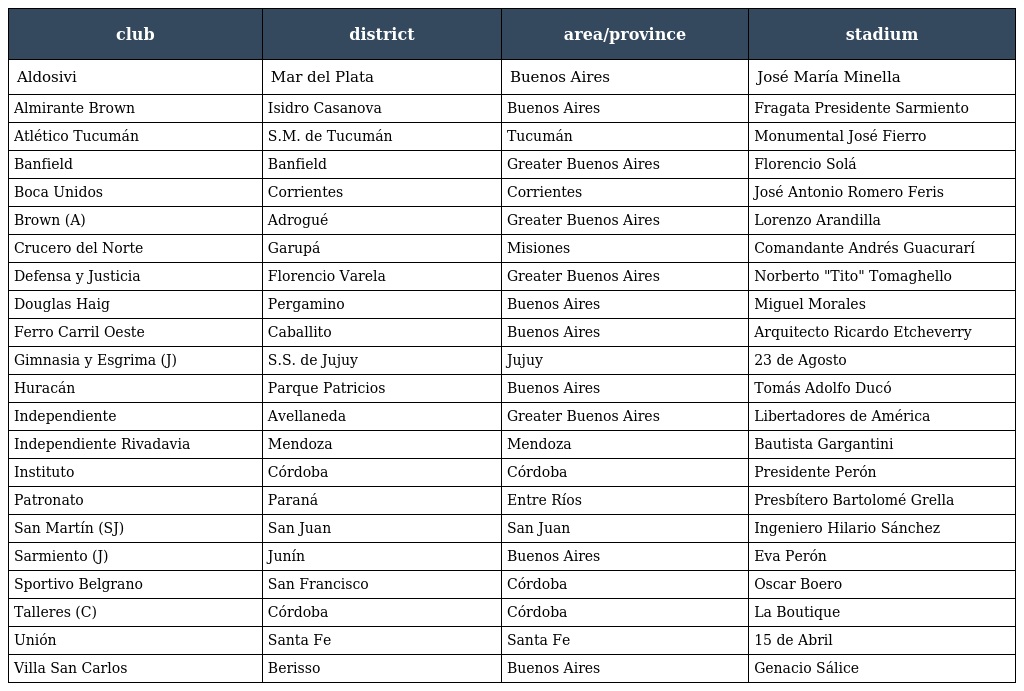
| club | district | area/province | stadium |
 | --- | --- | --- | --- |
 | Aldosivi | Mar del Plata | Buenos Aires | José María Minella |
 | Almirante Brown | Isidro Casanova | Buenos Aires | Fragata Presidente Sarmiento |
 | Atlético Tucumán | S.M. de Tucumán | Tucumán | Monumental José Fierro |
 | Banfield | Banfield | Greater Buenos Aires | Florencio Solá |
 | Boca Unidos | Corrientes | Corrientes | José Antonio Romero Feris |
 | Brown (A) | Adrogué | Greater Buenos Aires | Lorenzo Arandilla |
 | Crucero del Norte | Garupá | Misiones | Comandante Andrés Guacurarí |
 | Defensa y Justicia | Florencio Varela | Greater Buenos Aires | Norberto "Tito" Tomaghello |
 | Douglas Haig | Pergamino | Buenos Aires | Miguel Morales |
 | Ferro Carril Oeste | Caballito | Buenos Aires | Arquitecto Ricardo Etcheverry |
 | Gimnasia y Esgrima (J) | S.S. de Jujuy | Jujuy | 23 de Agosto |
 | Huracán | Parque Patricios | Buenos Aires | Tomás Adolfo Ducó |
 | Independiente | Avellaneda | Greater Buenos Aires | Libertadores de América |
 | Independiente Rivadavia | Mendoza | Mendoza | Bautista Gargantini |
 | Instituto | Córdoba | Córdoba | Presidente Perón |
 | Patronato | Paraná | Entre Ríos | Presbítero Bartolomé Grella |
 | San Martín (SJ) | San Juan | San Juan | Ingeniero Hilario Sánchez |
 | Sarmiento (J) | Junín | Buenos Aires | Eva Perón |
 | Sportivo Belgrano | San Francisco | Córdoba | Oscar Boero |
 | Talleres (C) | Córdoba | Córdoba | La Boutique |
 | Unión | Santa Fe | Santa Fe | 15 de Abril |
 | Villa San Carlos | Berisso | Buenos Aires | Genacio Sálice |